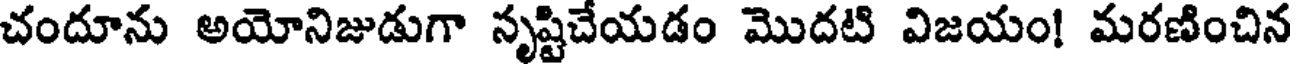
చందూను అయోనిజుడుగా సృష్టిచేయడం మొదటి విజయం! మరణించిన